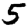
Digit: 5